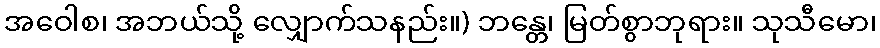
အဝေါစ၊ အဘယ်သို့ လျှောက်သနည်း။) ဘန္တေ၊ မြတ်စွာဘုရား။ သုသီမော၊